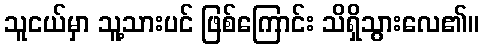
သူငယ်မှာ သူ့သားပင် ဖြစ်ကြောင်း သိရှိသွားလေ၏။